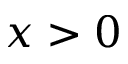
x > 0